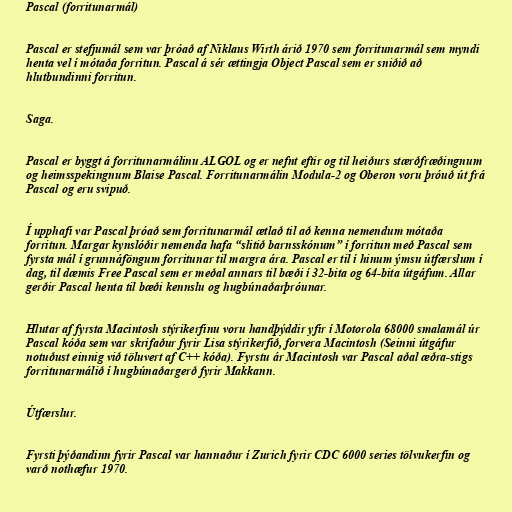
Pascal (forritunarmál)

Pascal er stefjumál sem var þróað af Niklaus Wirth árið 1970 sem forritunarmál sem myndi
henta vel í mótaða forritun. Pascal á sér ættingja Object Pascal sem er sniðið að
hlutbundinni forritun.

Saga.

Pascal er byggt á forritunarmálinu ALGOL og er nefnt eftir og til heiðurs stærðfræðingnum
og heimsspekingnum Blaise Pascal. Forritunarmálin Modula-2 og Oberon voru þróuð út frá
Pascal og eru svipuð.

Í upphafi var Pascal þróað sem forritunarmál ætlað til að kenna nemendum mótaða
forritun. Margar kynslóðir nemenda hafa “slitið barnsskónum” í forritun með Pascal sem
fyrsta mál í grunnáföngum forritunar til margra ára. Pascal er til í hinum ýmsu útfærslum í
dag, til dæmis Free Pascal sem er meðal annars til bæði í 32-bita og 64-bita útgáfum. Allar
gerðir Pascal henta til bæði kennslu og hugbúnaðarþróunar.

Hlutar af fyrsta Macintosh stýrikerfinu voru handþýddir yfir í Motorola 68000 smalamál úr
Pascal kóða sem var skrifaður fyrir Lisa stýrikerfið, forvera Macintosh (Seinni útgáfur
notuðust einnig við töluvert af C++ kóða). Fyrstu ár Macintosh var Pascal aðal æðra-stigs
forritunarmálið í hugbúnaðargerð fyrir Makkann.

Útfærslur.

Fyrsti þýðandinn fyrir Pascal var hannaður í Zurich fyrir CDC 6000 series tölvukerfin og
varð nothæfur 1970.